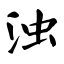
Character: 浊